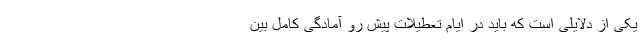
یکی از دلایلی است که باید در ایام تعطیلات پیش رو آمادگی کامل بین